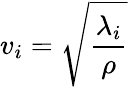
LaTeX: v_{i}=\sqrt{\frac{\lambda_{i}}{\rho}}